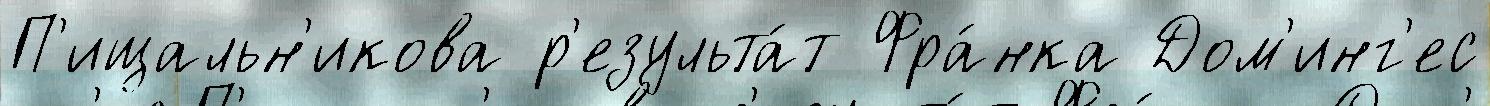
П'ищальн'икова р'езульта́т Фра́нка Дом'инг'ес